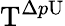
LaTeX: \mathrm{T}^{\Delta p\mathrm{U}}